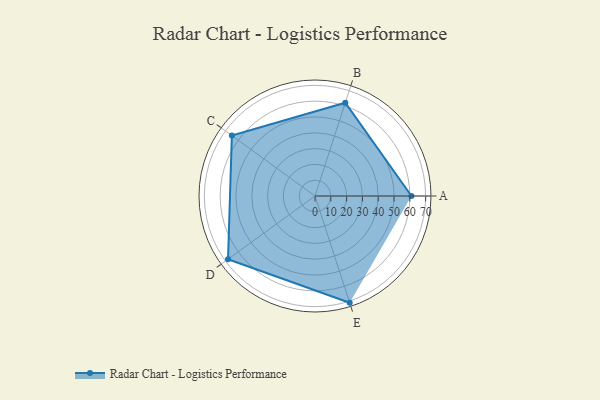
{"axis": {"x": "Skill", "y": "Score"}, "legend": ["Profile"], "data": [{"x": "A", "y": 61.0, "type": "Profile"}, {"x": "B", "y": 62.0, "type": "Profile"}, {"x": "C", "y": 65.0, "type": "Profile"}, {"x": "D", "y": 68.0, "type": "Profile"}, {"x": "E", "y": 71.0, "type": "Profile"}]}